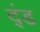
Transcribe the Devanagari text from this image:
द्ंड